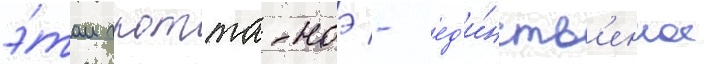
э́том гротта-ноэ - ед'и́нств'енное